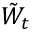
{ \tilde { W } } _ { t }